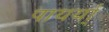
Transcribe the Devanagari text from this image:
पायर्या्